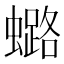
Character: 𧒌